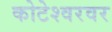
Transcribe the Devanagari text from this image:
कोटेश्वरवर